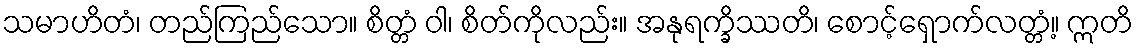
သမာဟိတံ၊ တည်ကြည်သော။ စိတ္တံ ဝါ၊ စိတ်ကိုလည်း။ အနုရက္ခိဿတိ၊ စောင့်ရှောက်လတ္တံ့။ ဣတိ